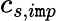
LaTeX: c_{s,i\mathtt{m}p}